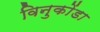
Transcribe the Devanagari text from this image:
विनुकोंडा